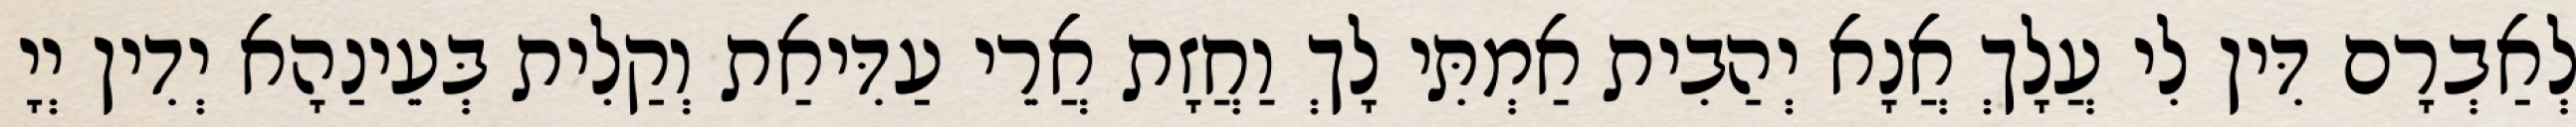
לְאַבְרָם דִּין לִי עֲלָךְ אֲנָא יְהַבִית אַמְתִּי לָךְ וַחֲזָת אֲרֵי עַדִּיאַת וְקַלִית בְּעֵינַהָא יְדִין יְיָ